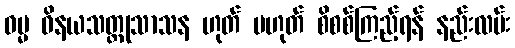
ဓမ္မ ဝိနယသတ္ထုသာသန ဟုတ် မဟုတ် စိစစ်ကြည့်ရန် နည်းလမ်း